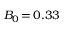
B _ { 0 } \, { = } \, 0 . 3 3